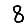
Digit: 8